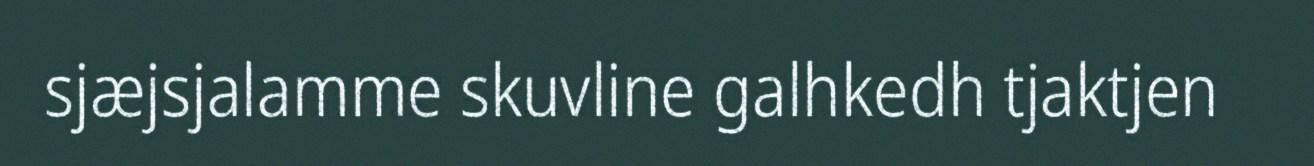
sjæjsjalamme skuvline galhkedh tjaktjen